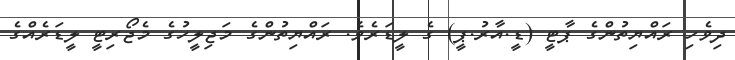
ދިވެހި ރައްޔިތުންގެ ޕާޓީ (ޑީ.އާރު.ޕީ) ގެ ލީޑަރެވެ. ރައްޔިތުންގެ މަޖިލީހުގެ މެޖޯރިޓީ ލީޑަރެއްގެ